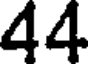
44